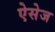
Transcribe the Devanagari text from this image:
ऐसेज